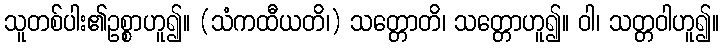
သူတစ်ပါး၏ဥစ္စာဟူ၍။ (သံကထီယတိ၊) သတ္တောတိ၊ သတ္တောဟူ၍။ ဝါ၊ သတ္တဝါဟူ၍။